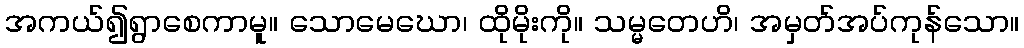
အကယ်၍ရွာစေကာမူ။ သောမေဃော၊ ထိုမိုးကို။ သမ္မတေဟိ၊ အမှတ်အပ်ကုန်သော။